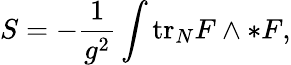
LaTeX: S=-\frac{1}{g^{2}}\int\mathrm{tr}_{N}F\wedge*F,